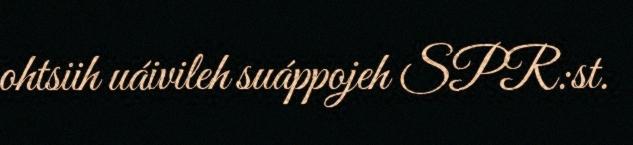
ohtsiih uáivileh suáppojeh SPR:st.